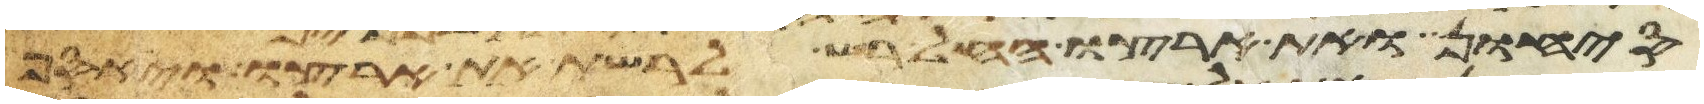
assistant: סיחון ואת ארצו החל רש לרשת את ארצו ויאסף